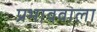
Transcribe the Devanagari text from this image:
प्रभाववाला